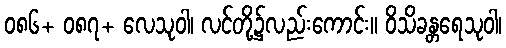
၀၈၆+ ၀၈၇+ လေသုဝါ၊ လင်တို့၌လည်းကောင်း။ ဝိသိခန္တရေသုဝါ၊